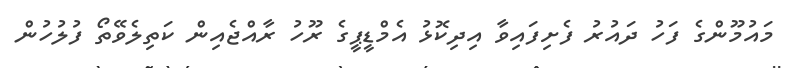
މައުމޫންގެ ފަހު ދައުރު ފެށިފައިވާ އިދިކޮޅު އެމްޑީޕީގެ ރޫހު ރާއްޖެއިން ކަތިލެވޭތޯ ފުލުހުން